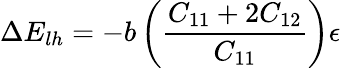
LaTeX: \Delta E_{lh}=-b\left({\frac{C_{11}+2C_{12}}{C_{11}}}\right)\epsilon